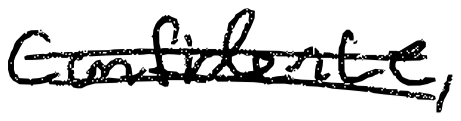
Text: confidence,
Cross-out: double-line
Writing tool: digital_black